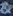
&